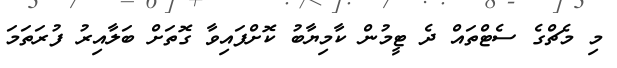
މި މެޗްގެ ސެޓްތައް ދެ ޓީމުން ކާމިޔާބު ކޮށްފައިވާ ގޮތަށް ބަލާއިރު ފުރަތަމަ